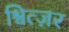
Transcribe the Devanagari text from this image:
श्वित्ज़र